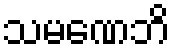
သမဏေဘိ